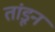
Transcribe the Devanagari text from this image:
तांडून